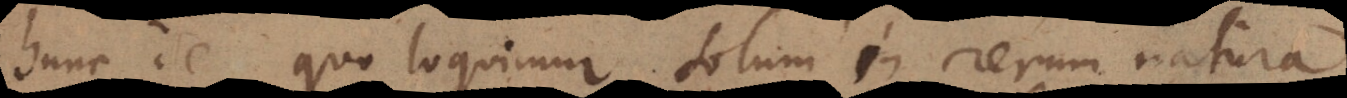
hunc de quo loquimur solum in rerum natura